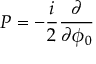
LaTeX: { \cal P } = - { \frac { i } { 2 } } { \frac { \partial } { \partial \phi _ { 0 } } }